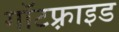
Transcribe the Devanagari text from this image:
गॉटफ़्राइड